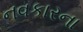
નવકારના